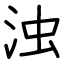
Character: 浊